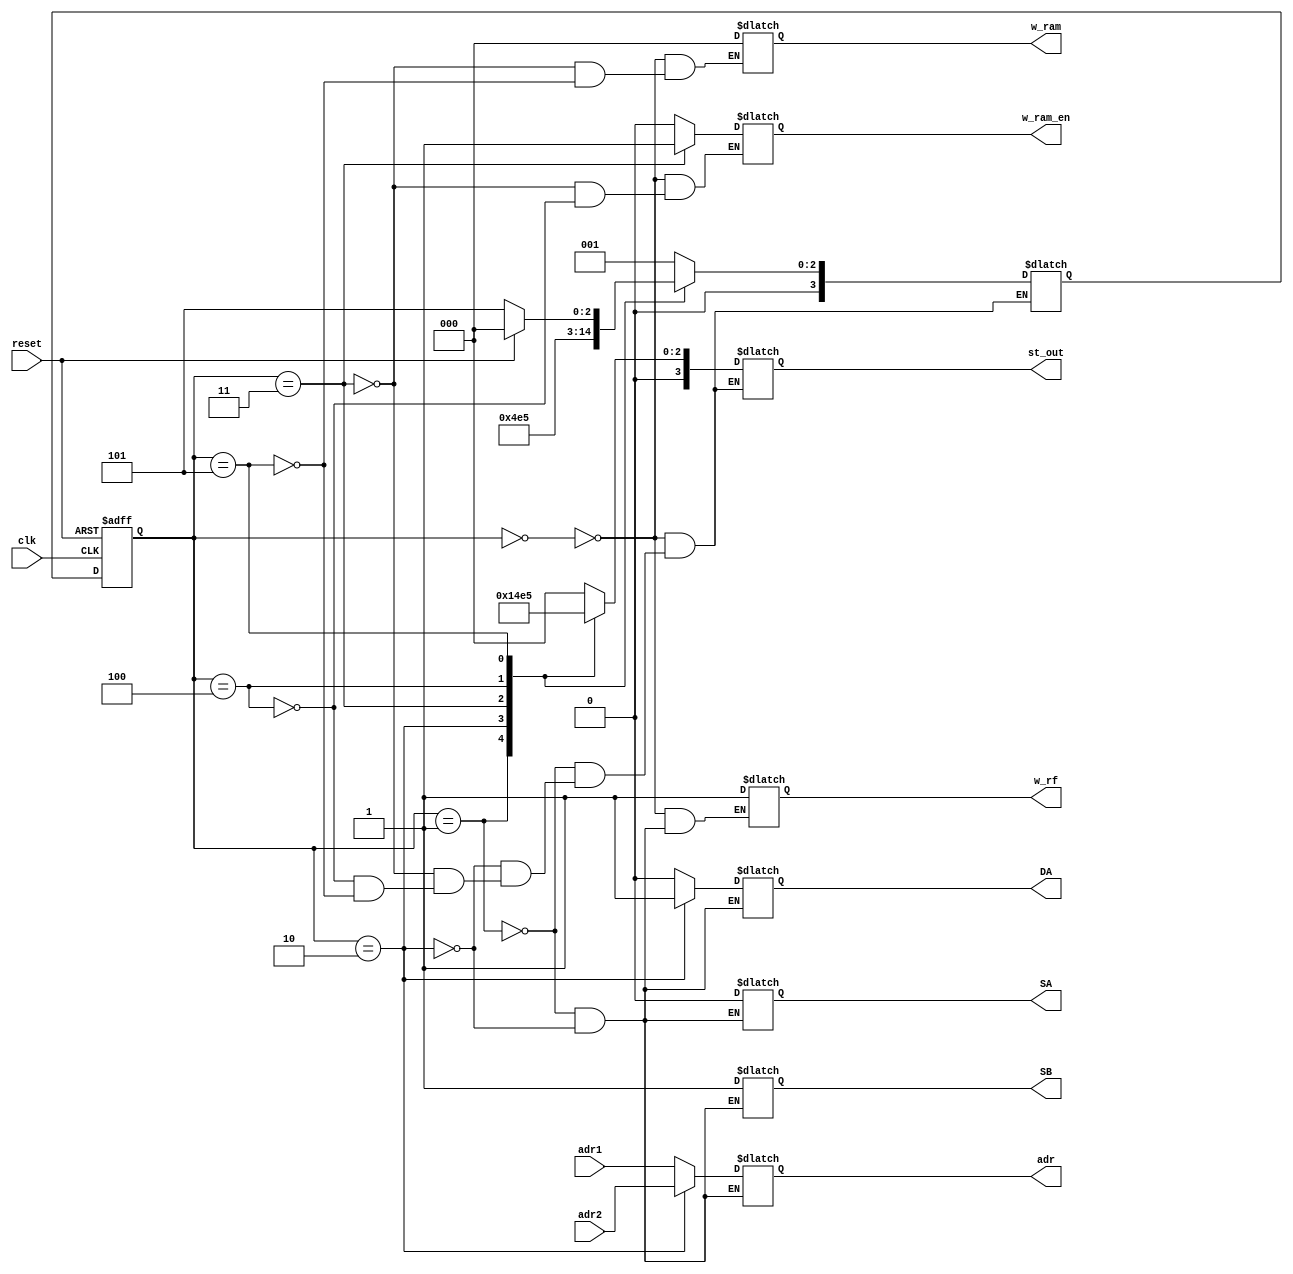
module cu ( 
    input clk, reset,
    input [2:0] adr1,
    input [2:0] adr2,
    output reg w_rf,
    output reg [2:0] adr,
    output reg DA,SA,SB,
    output reg [3:0] st_out,
    output reg [2:0] w_ram,
    output reg w_ram_en
);
  
    parameter S0_idle = 0 , S1_send_adr1 = 1 , S2_send_adr2 = 2 ,S3_multiply = 3 ,S4_write_ram = 4,S5_read_ram=5 ;
    reg [3:0] PS,NS ;
    
    always @ (posedge clk or posedge reset)
        begin
            if(reset)
                PS <= S0_idle;   
            else    
                PS <= NS;
        end  

    always @ (*)
        begin 
            case(PS)
				S0_idle: begin
                    NS = S1_send_adr1;
                    w_rf <= 1'b1;
                    w_ram <= 4'b0000;
                    w_ram_en <= 1'b0;
                    st_out <= 3'b0;
				end
				
				S1_send_adr1: begin	
                    w_rf <= 1'b1;
                    adr <= adr1;
                    DA <=1'b0;
                    SA <=1'b0;
                    SB <=1'b1;
                    st_out <= 3'b1;
                    NS = S2_send_adr2;
				end
				
				S2_send_adr2: begin
                    w_rf <= 1'b1;
                    adr <= adr2;
                    NS = S3_multiply;
                    DA <=1'b1;
                    SA <=1'b0;
                    SB <=1'b1;
          			st_out <= 3'b10;
			    end
			
		        S3_multiply: begin
                    NS = S4_write_ram;
                    st_out <= 3'b11;
                    w_ram <= 4'b0000;
                    w_ram_en <= 1'b1;
			    end

                S4_write_ram: begin
                    st_out <= 3'b100;
                    NS = S5_read_ram;
                    w_ram_en <= 1'b0;
				end
				
		        S5_read_ram: begin
                    w_ram <= 4'b0000;
                    st_out <= 3'b101;
                    if (!reset) begin
                        NS = S5_read_ram;
                    end
                    else begin
                        NS = S0_idle;
                    end
                end
			endcase
		end
endmodule